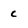
Character: c